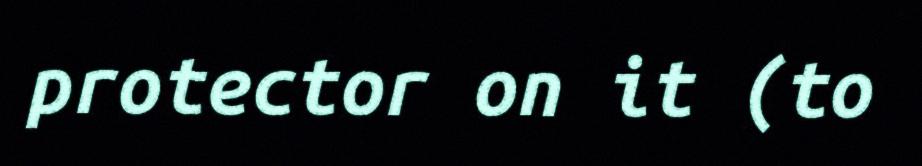
protector on it (to